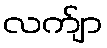
လက်ျာ